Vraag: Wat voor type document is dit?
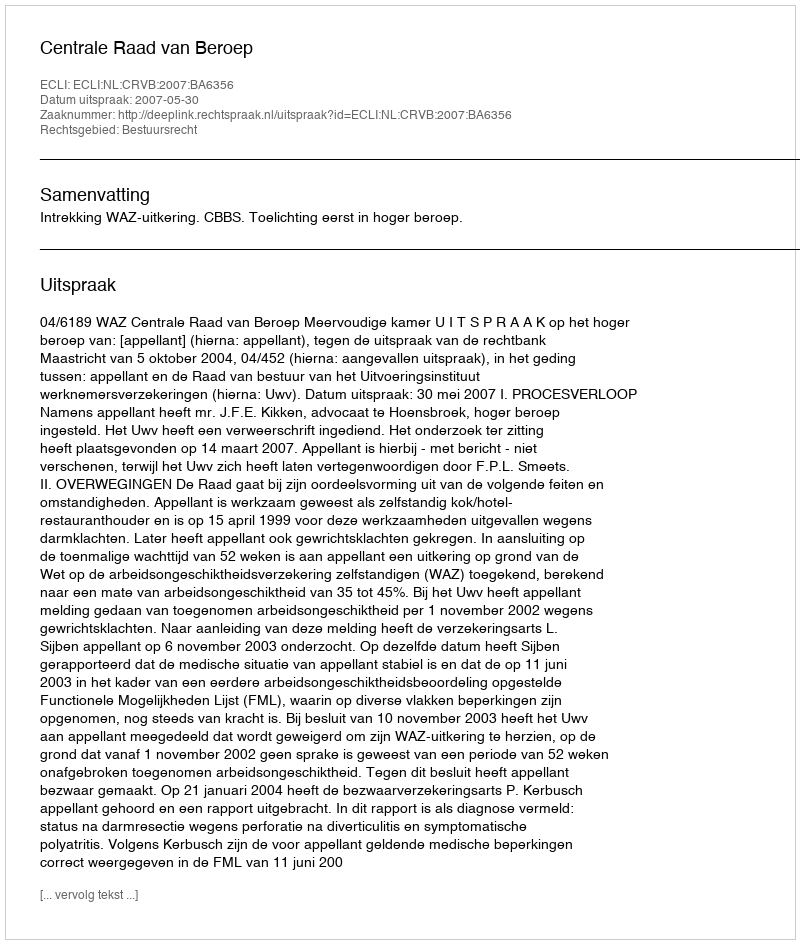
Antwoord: Uitspraak